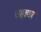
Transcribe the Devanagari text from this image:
वहावा